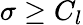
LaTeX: \sigma\geq C_{l}